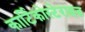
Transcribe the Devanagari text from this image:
कार्टिकोस्टेराइड